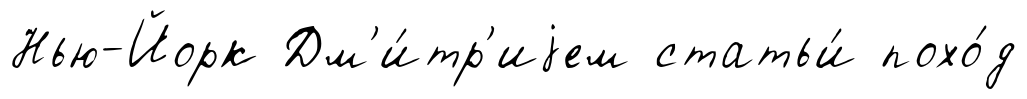
Нью-Йорк Дм'и́тр'иjем статьи́ похо́д